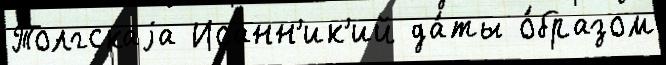
Толгскаjа Иоанн'ик'ий да́ты о́бразом